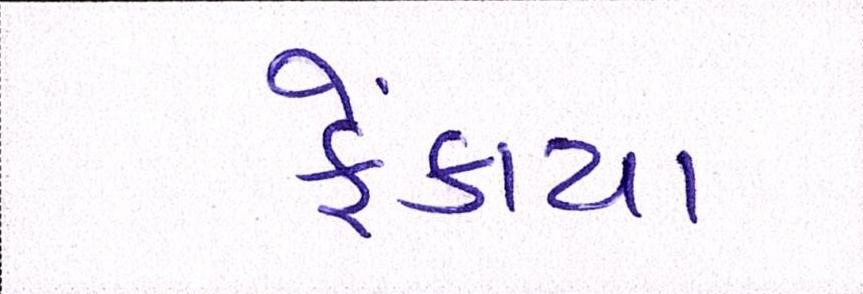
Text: ફેંકાયા